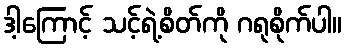
ဒါ့ကြောင့် သင့်ရဲ့စိတ်ကို ဂရုစိုက်ပါ။